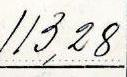
113,28